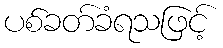
ပစ်ခတ်ခံရသဖြင့်